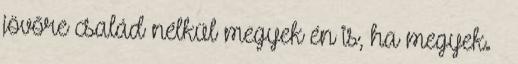
jövőre család nélkül megyek én is, ha megyek. 😋